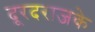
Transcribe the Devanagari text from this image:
दूरदराजके